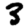
Digit: 3